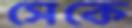
সেকে